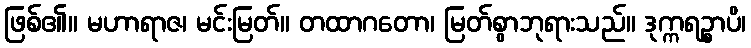
ဖြစ်၏။ မဟာရာဇ၊ မင်းမြတ်။ တထာဂတော၊ မြတ်စွာဘုရားသည်။ ဒုက္ကရဉ္စာပိ၊